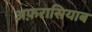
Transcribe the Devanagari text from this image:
अफ़रासियाब